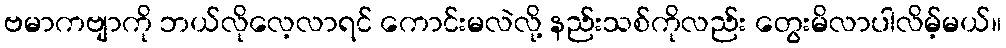
ဗမာကဗျာကို ဘယ်လိုလေ့လာရင် ကောင်းမလဲလို့ နည်းသစ်ကိုလည်း တွေးမိလာပါလိမ့်မယ်။